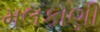
મલકાણી